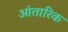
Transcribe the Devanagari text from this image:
आंतारिक